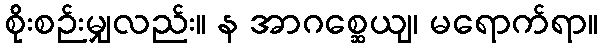
စိုးစဉ်းမျှလည်း။ န အာဂစ္ဆေယျ၊ မရောက်ရာ။